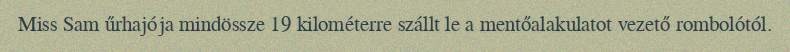
Miss Sam űrhajója mindössze 19 kilométerre szállt le a mentőalakulatot vezető rombolótól.